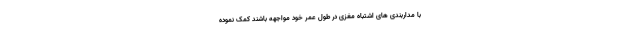
با مداربندی های اشتباه مغزی در طول عمر خود مواجهه باشند کمک نموده